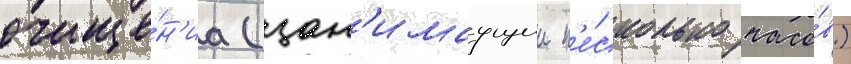
очище́н'иа (зан'имаущии н'е́сколько часо́в)